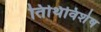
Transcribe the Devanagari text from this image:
तिथिविशेष